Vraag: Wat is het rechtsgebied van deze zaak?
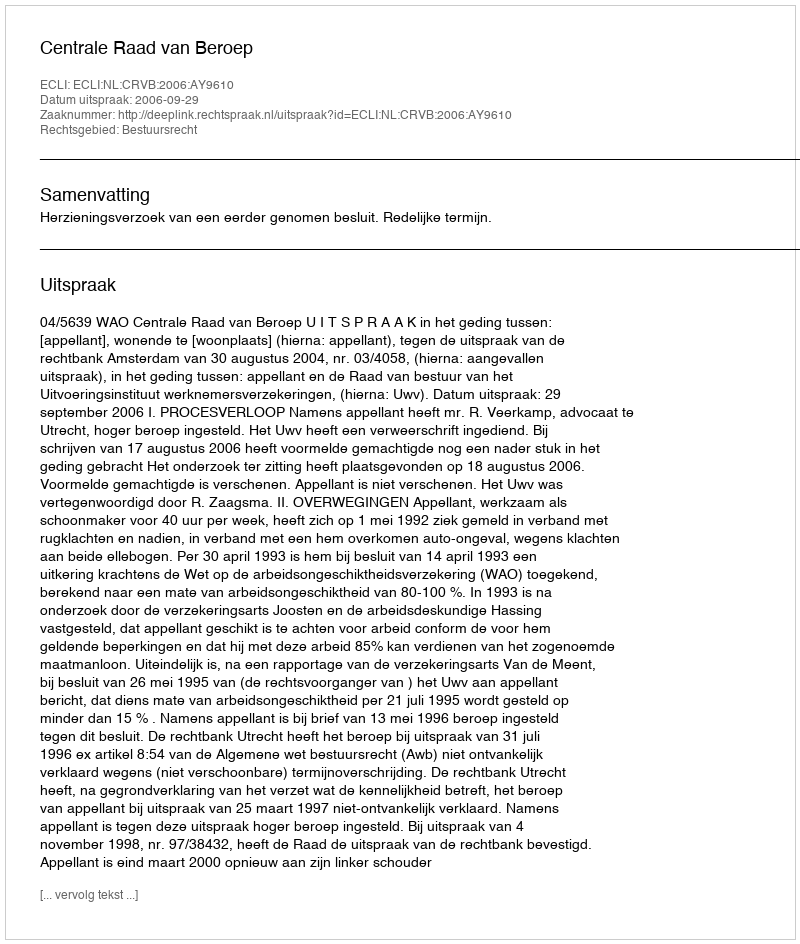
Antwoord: Bestuursrecht